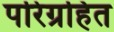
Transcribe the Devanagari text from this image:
परिग्रहित